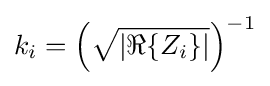
k_{i}=\left({\sqrt {\left|\Re \{Z_{i}\}\right|}}\right)^{-1}